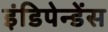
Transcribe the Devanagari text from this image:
इंडिपेन्डेंस